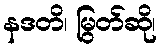
နဒတိ၊ မြွတ်ဆို၊